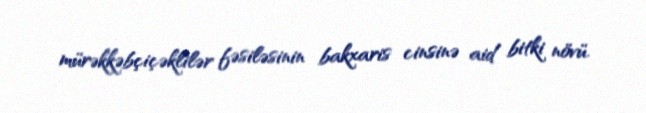
mürəkkəbçiçəklilər fəsiləsinin bakxaris cinsinə aid bitki növü.